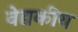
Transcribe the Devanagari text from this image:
वेद्यकीय